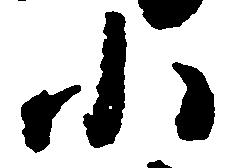
小